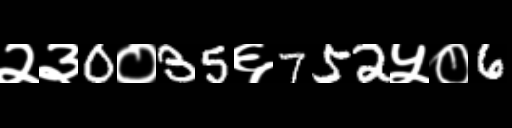
Text: २३0०35६752५०6